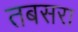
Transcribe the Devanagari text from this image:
तबसरा